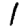
Digit: 1